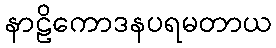
နာဠိကောဒနပရမတာယ